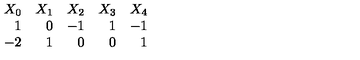
\begin{array} { r r r r r } { X _ { 0 } } & { X _ { 1 } } & { X _ { 2 } } & { X _ { 3 } } & { X _ { 4 } } \\ { 1 } & { 0 } & { - 1 } & { 1 } & { - 1 } \\ { - 2 } & { 1 } & { 0 } & { 0 } & { 1 } \\ \end{array}